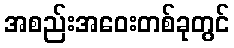
အစည်းအဝေးတစ်ခုတွင်